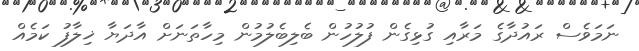
ނަމަވެސް ރައުދާގެ މަރާއި ގުޅިގެން ފުލުހުން ބެލިބެލުމުން މިހާތަނަށް އާދަޔާ ޚިލާފު ކަމެއް